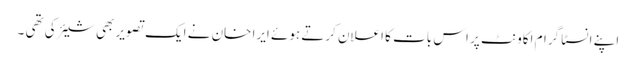
اپنے انسٹا گرام اکاونٹ پر اس بات کا اعلان کرتے ہوئے ایرا خان نے ایک تصویر بھی شیئر کی تھی ۔